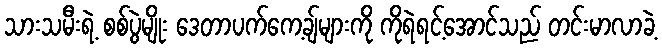
သားသမီးရဲ့ စစ်ပွဲမျိုး ဒေတာပက်ကေ့ချ်များကို ကိုရဲရင့်အောင်သည် တင်းမာလာခဲ့